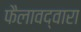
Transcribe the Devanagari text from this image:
फैलावद्वारा